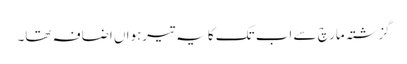
گزشتہ مارچ سے اب تک کا یہ تیرہواں اضافہ تھا۔